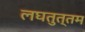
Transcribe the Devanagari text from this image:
लघतुत्तम